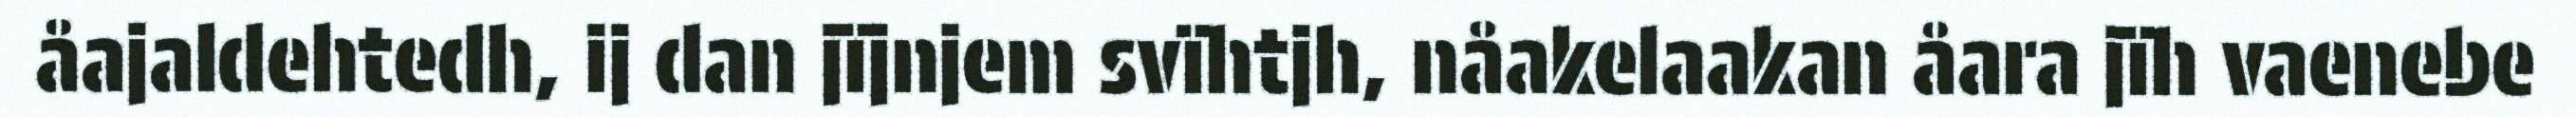
åajaldehtedh, ij dan jïjnjem svïhtjh, nåakelaakan åara jïh vaenebe